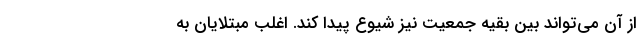
از آن می‌تواند بین بقیه جمعیت نیز شیوع پیدا کند. اغلب مبتلایان به